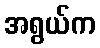
အရွယ်က